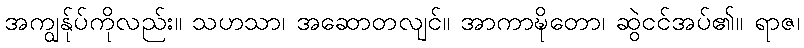
အကျွန်ုပ်ကိုလည်း။ သဟသာ၊ အဆောတလျင်။ အာကာဍ္ဎိတော၊ ဆွဲငင်အပ်၏။ ရာဇ၊